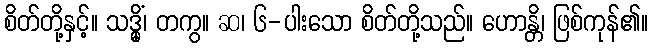
စိတ်တို့နှင့်။ သဒ္ဓိုံ၊ တကွ။ ဆ၊ ၆-ပါးသော စိတ်တို့သည်။ ဟောန္တိ၊ ဖြစ်ကုန်၏။